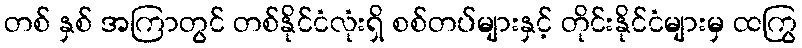
တစ် နှစ် အကြာတွင် တစ်နိုင်ငံလုံးရှိ စစ်တပ်များနှင့် တိုင်းနိုင်ငံများမှ ထကြွ